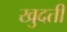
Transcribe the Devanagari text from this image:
खुदती